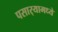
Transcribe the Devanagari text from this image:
पसार्‍यामध्ये